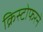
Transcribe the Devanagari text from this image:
क्रिस्टोफरने